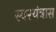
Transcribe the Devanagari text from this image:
स्वरयंत्रास